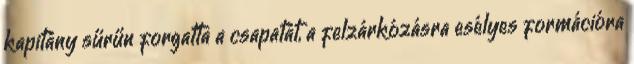
kapitány sűrűn forgatta a csapatát, a felzárkózásra esélyes formációra